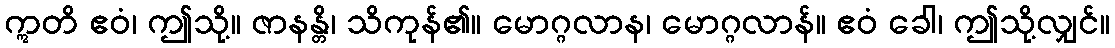
ဣတိ ဧဝံ၊ ဤသို့။ ဇာနန္တိ၊ သိကုန်၏။ မောဂ္ဂလာန၊ မောဂ္ဂလာန်။ ဧဝံ ခေါ၊ ဤသို့လျှင်။